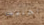
اختلاس